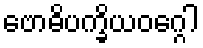
ဗောဓိပက္ခိယဝဂ္ဂေါ